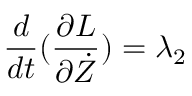
\frac { d } { d t } ( \frac { \partial L } { \partial \dot { Z } } ) = \lambda _ { 2 }